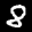
Label: 8